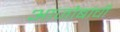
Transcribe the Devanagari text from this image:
आजोबांची